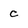
Character: c